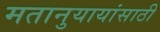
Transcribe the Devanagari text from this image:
मतानुयायांसाठी